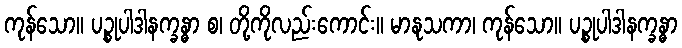
ကုန်သော။ ပဉ္စုပါဒါနက္ခန္ဓာ စ၊ တို့ကိုလည်းကောင်း။ မာနုသကာ၊ ကုန်သော။ ပဉ္စုပါဒါနက္ခန္ဓာ